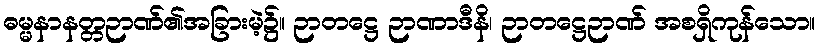
ဓမ္မနာနတ္တဉာဏ်၏အခြားမဲ့၌။ ဉာတဋ္ဌေ ဉာဏာဒီနိ၊ ဉာတဋ္ဌေဉာဏ် အစရှိကုန်သော။